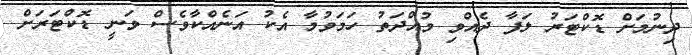
ދިނުމަށް ޑޮކްޓަރު ލަފާ ދެއްވި މުއްދަތު ހަމަވުމާ އެކު އަނެއްކާވެސް ވަނީ ޑޮކްޓަރަށް